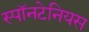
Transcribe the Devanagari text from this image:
स्पॉनटेनियस